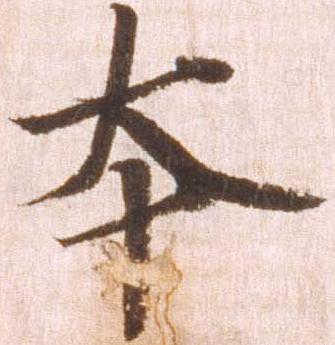
本